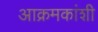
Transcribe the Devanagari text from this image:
आक्रमकांशी